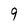
Character: 9